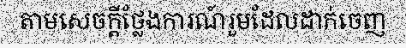
តាមសេចក្តីថ្លែងការណ៍រួមដែលដាក់ចេញ